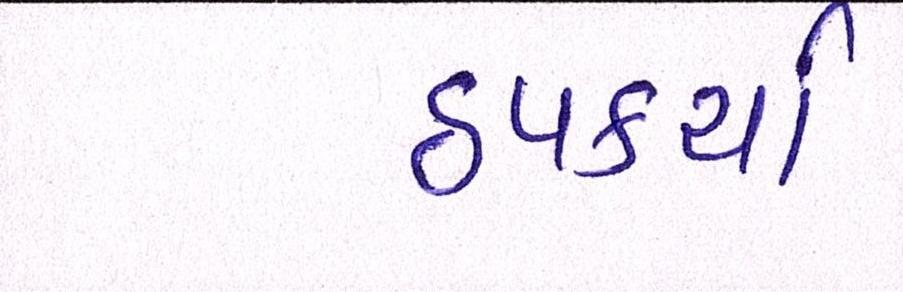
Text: ઠપકર્યા